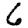
Digit: 6